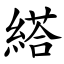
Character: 䌋